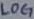
Text: LOG